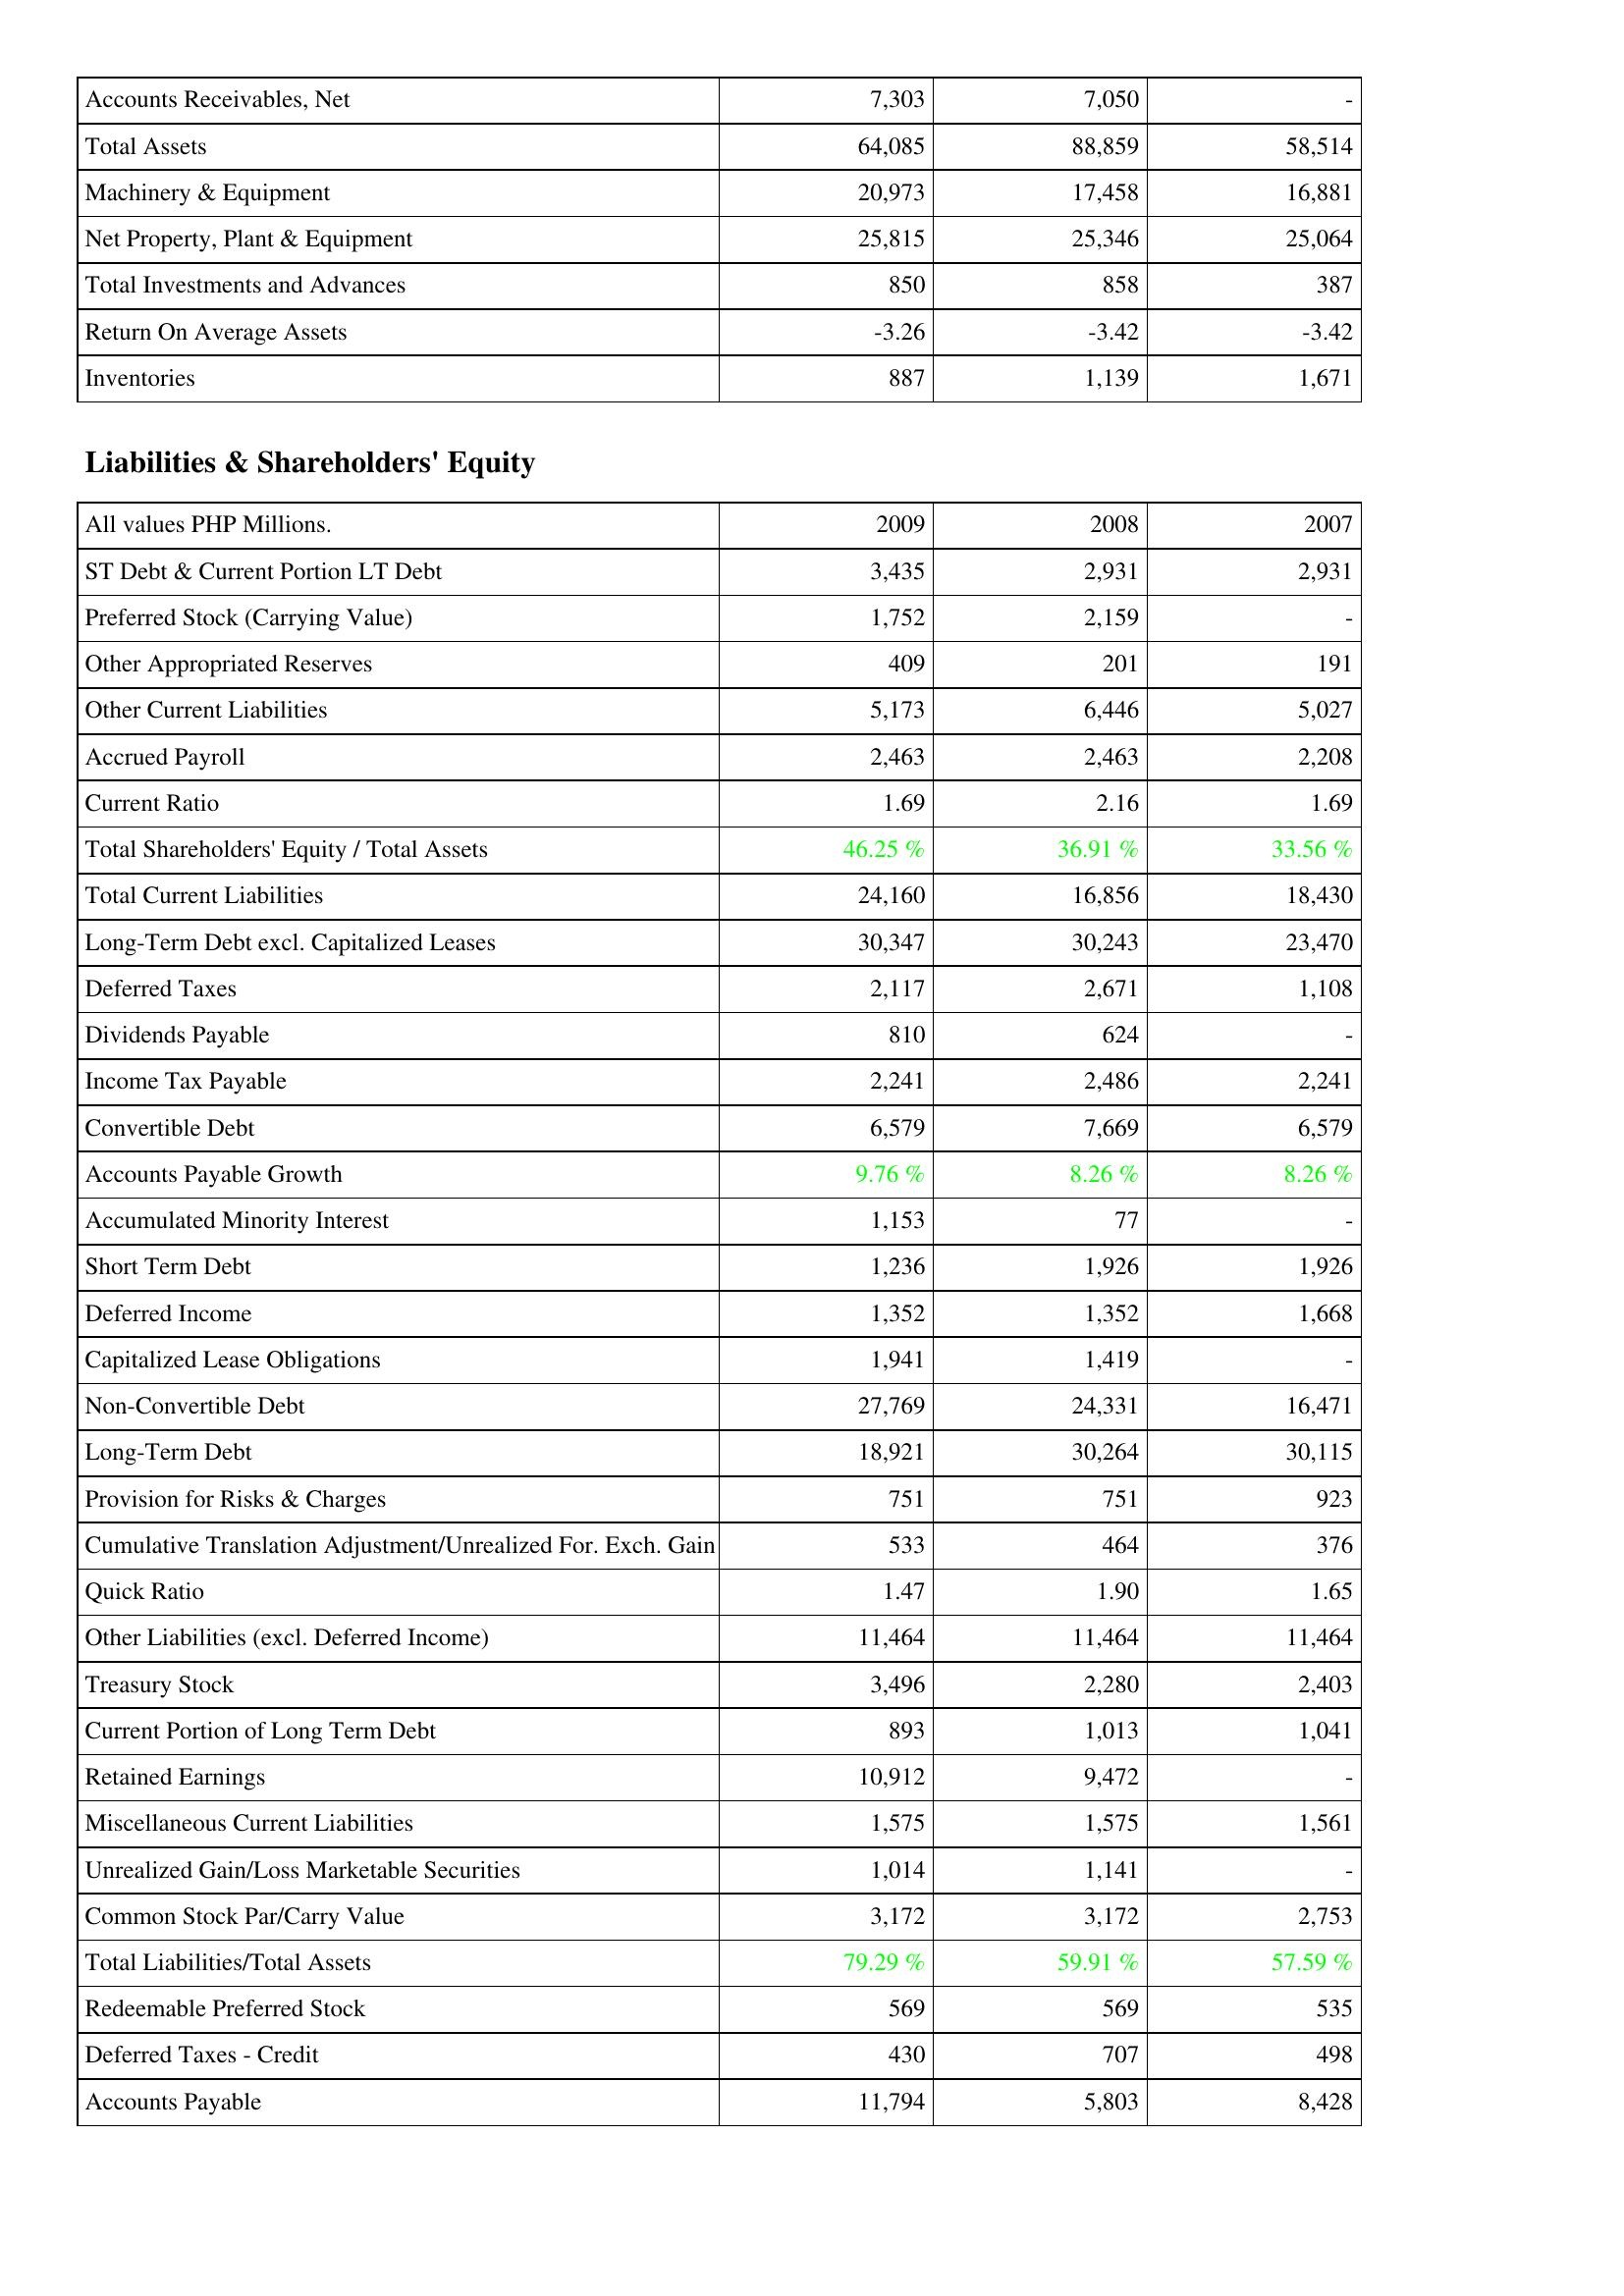
2009: Assets: Accounts Receivables, Net: 7,303
Total Assets: 64,085
Machinery & Equipment: 20,973
Net Property, Plant & Equipment: 25,815
Total Investments and Advances: 850
Return On Average Assets: -3.26
Inventories: 887
Liabilities & Shareholders' Equity: ST Debt & Current Portion LT Debt: 3,435
Preferred Stock (Carrying Value): 1,752
Other Appropriated Reserves: 409
Other Current Liabilities: 5,173
Accrued Payroll: 2,463
Current Ratio: 1.69
Total Shareholders' Equity / Total Assets: 46.25 %
Total Current Liabilities: 24,160
Long-Term Debt excl. Capitalized Leases: 30,347
Deferred Taxes: 2,117
Dividends Payable: 810
Income Tax Payable: 2,241
Convertible Debt: 6,579
Accounts Payable Growth: 9.76 %
Accumulated Minority Interest: 1,153
Short Term Debt: 1,236
Deferred Income: 1,352
Capitalized Lease Obligations: 1,941
Non-Convertible Debt: 27,769
Long-Term Debt: 18,921
Provision for Risks & Charges: 751
Cumulative Translation Adjustment/Unrealized For. Exch. Gain: 533
Quick Ratio: 1.47
Other Liabilities (excl. Deferred Income): 11,464
Treasury Stock: 3,496
Current Portion of Long Term Debt: 893
Retained Earnings: 10,912
Miscellaneous Current Liabilities: 1,575
Unrealized Gain/Loss Marketable Securities: 1,014
Common Stock Par/Carry Value: 3,172
Total Liabilities/Total Assets: 79.29 %
Redeemable Preferred Stock: 569
Deferred Taxes - Credit: 430
Accounts Payable: 11,794
2008: Assets: Accounts Receivables, Net: 7,050
Total Assets: 88,859
Machinery & Equipment: 17,458
Net Property, Plant & Equipment: 25,346
Total Investments and Advances: 858
Return On Average Assets: -3.42
Inventories: 1,139
Liabilities & Shareholders' Equity: ST Debt & Current Portion LT Debt: 2,931
Preferred Stock (Carrying Value): 2,159
Other Appropriated Reserves: 201
Other Current Liabilities: 6,446
Accrued Payroll: 2,463
Current Ratio: 2.16
Total Shareholders' Equity / Total Assets: 36.91 %
Total Current Liabilities: 16,856
Long-Term Debt excl. Capitalized Leases: 30,243
Deferred Taxes: 2,671
Dividends Payable: 624
Income Tax Payable: 2,486
Convertible Debt: 7,669
Accounts Payable Growth: 8.26 %
Accumulated Minority Interest: 77
Short Term Debt: 1,926
Deferred Income: 1,352
Capitalized Lease Obligations: 1,419
Non-Convertible Debt: 24,331
Long-Term Debt: 30,264
Provision for Risks & Charges: 751
Cumulative Translation Adjustment/Unrealized For. Exch. Gain: 464
Quick Ratio: 1.90
Other Liabilities (excl. Deferred Income): 11,464
Treasury Stock: 2,280
Current Portion of Long Term Debt: 1,013
Retained Earnings: 9,472
Miscellaneous Current Liabilities: 1,575
Unrealized Gain/Loss Marketable Securities: 1,141
Common Stock Par/Carry Value: 3,172
Total Liabilities/Total Assets: 59.91 %
Redeemable Preferred Stock: 569
Deferred Taxes - Credit: 707
Accounts Payable: 5,803
2007: Assets: Accounts Receivables, Net: -
Total Assets: 58,514
Machinery & Equipment: 16,881
Net Property, Plant & Equipment: 25,064
Total Investments and Advances: 387
Return On Average Assets: -3.42
Inventories: 1,671
Liabilities & Shareholders' Equity: ST Debt & Current Portion LT Debt: 2,931
Preferred Stock (Carrying Value): -
Other Appropriated Reserves: 191
Other Current Liabilities: 5,027
Accrued Payroll: 2,208
Current Ratio: 1.69
Total Shareholders' Equity / Total Assets: 33.56 %
Total Current Liabilities: 18,430
Long-Term Debt excl. Capitalized Leases: 23,470
Deferred Taxes: 1,108
Dividends Payable: -
Income Tax Payable: 2,241
Convertible Debt: 6,579
Accounts Payable Growth: 8.26 %
Accumulated Minority Interest: -
Short Term Debt: 1,926
Deferred Income: 1,668
Capitalized Lease Obligations: -
Non-Convertible Debt: 16,471
Long-Term Debt: 30,115
Provision for Risks & Charges: 923
Cumulative Translation Adjustment/Unrealized For. Exch. Gain: 376
Quick Ratio: 1.65
Other Liabilities (excl. Deferred Income): 11,464
Treasury Stock: 2,403
Current Portion of Long Term Debt: 1,041
Retained Earnings: -
Miscellaneous Current Liabilities: 1,561
Unrealized Gain/Loss Marketable Securities: -
Common Stock Par/Carry Value: 2,753
Total Liabilities/Total Assets: 57.59 %
Redeemable Preferred Stock: 535
Deferred Taxes - Credit: 498
Accounts Payable: 8,428